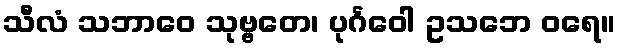
သီလံ သဘာဝေ သုဗ္ဗတေ၊ ပုင်္ဂဝေါ ဥသဘေ ဝရေ။